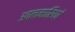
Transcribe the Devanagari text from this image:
आलमारियां